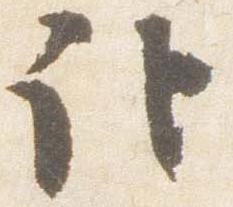
記